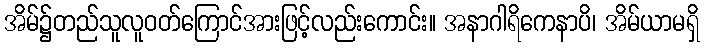
အိမ်၌တည်သူလူဝတ်ကြောင်အားဖြင့်လည်းကောင်း။ အနာဂါရိကေနာပိ၊ အိမ်ယာမရှိ